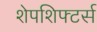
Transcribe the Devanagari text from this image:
शेपशिफ्टर्स